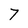
Character: 7